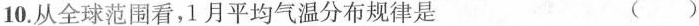
10.从全球范围看，1月平均气温分布规律是 ( )